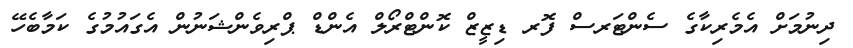
ދިނުމަށް އެމެރިކާގެ ސެންޓަރސް ފޮރ ޑިޒީޒް ކޮންޓްރޯލް އެންޑް ޕްރިވެންޝަނުން އެގައުމުގެ ކަމާބެހޭ